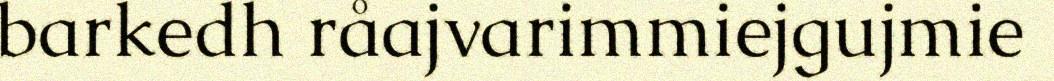
barkedh råajvarimmiejgujmie